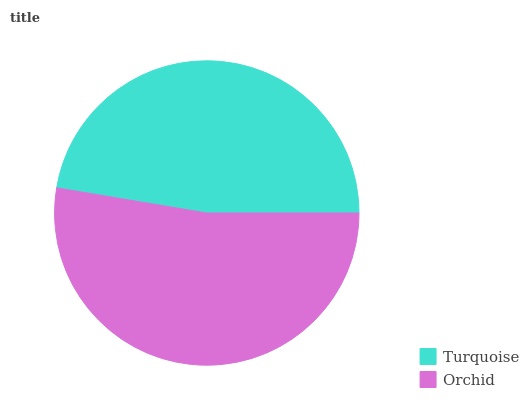
| Turquoise | Orchid |
 | --- | --- |
 | 47.4% | 52.6% |